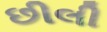
છીલી